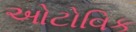
ઓટોવિક